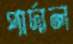
পার্দাল